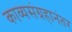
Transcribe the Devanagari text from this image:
काव्यसंग्रहानंतर